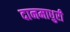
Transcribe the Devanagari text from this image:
दानमाधुरी